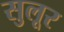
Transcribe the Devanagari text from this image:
सुलूर